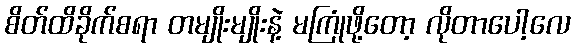
စိတ်ထိခိုက်စရာ တမျိုးမျိုးနဲ့ မကြုံဖို့တော့ လိုတာပေါ့လေ